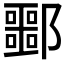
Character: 𬪠